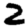
Digit: 2